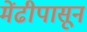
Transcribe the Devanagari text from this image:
मेंढीपासून